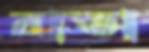
রাভা